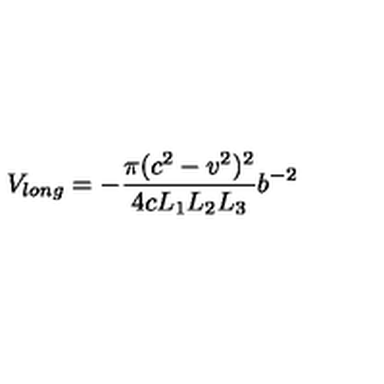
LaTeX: V _ { l o n g } = - \frac { \pi ( c ^ { 2 } - v ^ { 2 } ) ^ { 2 } } { 4 c L _ { 1 } L _ { 2 } L _ { 3 } } b ^ { - 2 }